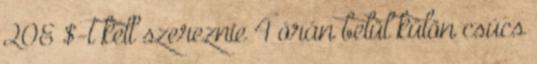
20E $-t kell szereznie 4 órán belül külön csúcs